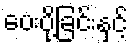
ပေးပို့ခြင်းနှင့်